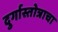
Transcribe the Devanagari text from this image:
दुर्गास्तोत्राचा